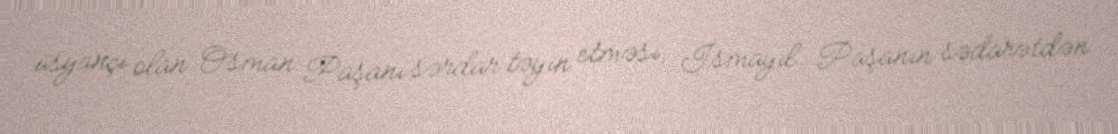
üsyançı olan Osman Paşanı sərdar təyin etməsi, İsmayıl Paşanın sədarətdən